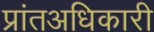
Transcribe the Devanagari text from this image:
प्रांतअधिकारी